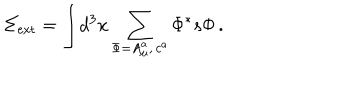
LaTeX: \Sigma _ { \mathrm { e x t } } = \displaystyle { \int } d ^ { 3 } x \sum _ { \Phi = A _ { \mu } ^ { a } , \, c ^ { a } } \Phi ^ { * } s \Phi \, .